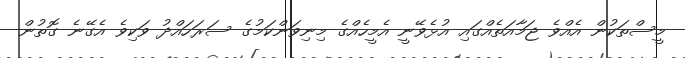
މީސްތަކުން އެއްވެ ޖަމާއަތެއްގައި އުޅެވޭނީ އެމީހެއްގެ މިނިވަންކަމުގެ ސަރަހައްދު ވަކިވެ އެގޭނެ ގޮތުން